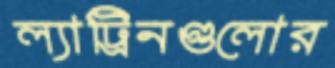
ল্যাট্রিনগুলোর